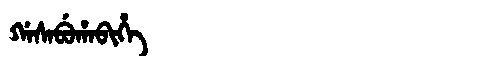
Manchu: ᡤᠠᠰᠠᠪᡠᡥᠠᠪᡳᡥᡝ
Romanization: GASABUHABIHE